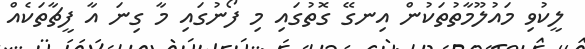
ލީކުވި މައުލޫމާތުތަކުން އިނގޭ ގޮތުގައި މި ފޯނުގައި މާ ގިނަ އާ ފީޗާތަކެއް